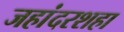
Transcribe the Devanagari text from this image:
जहांदरशहा